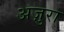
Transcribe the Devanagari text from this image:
अज़ुरा